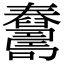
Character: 𦦺